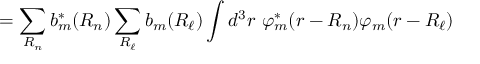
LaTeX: = \sum _ { \boldsymbol { R _ { n } } } b _ { m } ^ { * } ( { \boldsymbol { R _ { n } } } ) \sum _ { \boldsymbol { R _ { \ell } } } b _ { m } ( { \boldsymbol { R _ { \ell } } } ) \int d ^ { 3 } r \ \varphi _ { m } ^ { * } ( { \boldsymbol { r - R _ { n } } } ) \varphi _ { m } ( { \boldsymbol { r - R _ { \ell } } } )